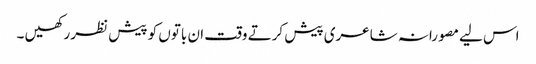
اس لیے مصورانہ شاعری پیش کرتے وقت ان باتوں کو پیش نظر رکھیں ۔